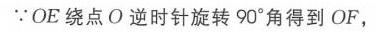
\(\because OE\)绕点\(O\)逆时针旋转\(90^{\circ}\)得到\(OF\)，